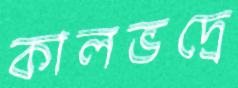
কালভদ্রে